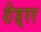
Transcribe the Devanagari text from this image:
शेह्रर